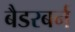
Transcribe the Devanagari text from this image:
बैडरबर्न